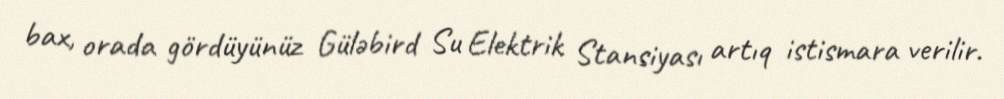
bax, orada gördüyünüz Güləbird Su Elektrik Stansiyası artıq istismara verilir.